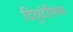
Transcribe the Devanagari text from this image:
डियुटेरियम